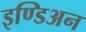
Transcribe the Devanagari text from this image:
इण्डिअन